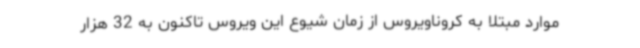
موارد مبتلا به کروناویروس از زمان شیوع این ویروس تاکنون به 32 هزار